Lunatic asylums in Bengal annual reports 1888-1898 - 1888-1898
Year: 1888
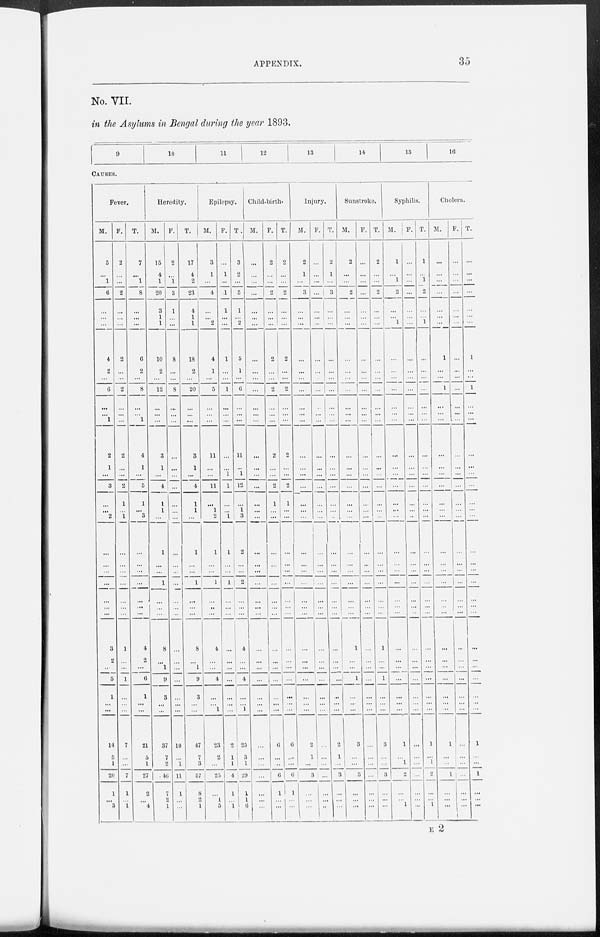
APPENDIX.
35
No. VII.
in the Asylums in Bengal during the year 1893.
9
10
11
12
13
14
15
16
CAUSES.
Fever.
M.
5
...
1
6
...
...
...
4
2
...
6
...
...
1
2
1
...
3
...
...
2
...
...
...
...
...
3
2
...
5
1
...
...
14
5
1
20
1
...
3
F.
2
...
...
2
...
...
...
2
...
...
2
...
...
...
2
...
...
2
1
...
1
...
...
...
...
...
1
...
...
1
...
...
...
7
...
...
7
1
...
1
T.
7
...
1
8
...
...
...
6
2
...
8
...
...
1
4
1
...
5
1
...
3
...
...
...
...
...
4
2
...
6
1
...
...
21
5
1
27
2
...
4
Heredity.
M.
15
4
1
20
3
1
1
10
2
...
12
...
...
...
3
1
...
4
1
1
...
1
...
...
1
...
8
...
1
9
3
...
...
37
7
2
46
7
2
1
F.
2
...
1
3
1
...
...
8
...
...
8
...
...
...
...
...
...
...
...
...
...
...
...
...
...
...
...
...
...
...
...
...
...
10
...
1
11
1
...
...
T.
17
4
2
23
4
1
1
18
2
...
20
...
...
...
3
1
...
4
1
1
...
1
...
...
1
...
8
...
1
9
3
...
...
47
7
3
57
8
2
1
Epilepsy.
M.
3
1
...
4
...
...
2
4
1
...
5
...
...
...
11
...
...
11
...
1
2
1
...
...
1
..
4
...
...
4
...
...
1
23
2
...
25
...
1
5
F.
...
1
...
1
1
...
...
1
...
...
1
...
...
...
...
...
1
1
...
...
1
1
...
...
1
...
...
...
...
...
...
...
...
2
1
1
4
1
...
1
T.
3
2
...
5
1
...
2
5
1
...
6
...
...
...
11
...
1
12
...
1
3
2
...
...
2
...
4
...
...
4
...
...
1
25
3
1
29
1
1
6
Child-birth.
M.
...
...
...
...
...
...
...
...
...
...
...
...
...
...
...
...
...
...
...
...
...
...
...
...
...
...
...
...
...
...
...
...
...
...
...
...
...
...
...
F.
2
...
...
2
...
...
...
2
...
...
2
...
...
...
2
...
...
2
1
...
...
...
...
...
...
...
...
...
...
...
...
...
...
6
...
...
6
1
...
...
T.
2
...
...
2
...
...
...
2
...
...
2
...
...
...
2
...
...
2
1
...
...
...
...
...
...
...
...
...
...
...
...
...
...
6
...
...
6
1
...
...
Injury.
M.
2
1
...
3
...
...
...
...
...
...
...
...
...
...
...
...
...
...
...
...
...
...
...
...
...
...
...
...
...
...
...
...
...
2
1
...
3
...
...
...
F.
...
...
...
...
...
...
...
...
...
...
...
...
...
...
...
...
...
...
...
...
...
...
...
...
...
...
...
...
...
...
...
...
...
...
...
...
...
...
...
..
T.
2
1
...
3
...
...
...
...
...
...
...
...
...
...
...
...
...
...
...
...
...
...
...
...
...
...
...
...
...
..
...
...
...
2
1
...
3
...
...
...
Sunstroke.
M.
2
...
...
2
...
...
...
...
...
...
...
...
...
...
...
...
...
...
...
...
...
...
...
...
...
...
1
...
...
1
...
...
...
3
...
...
3
...
...
...
F.
...
...
...
...
...
...
...
...
...
...
...
...
...
...
...
...
...
...
...
...
...
...
...
...
...
...
...
...
...
...
...
...
...
...
...
...
...
...
...
...
T.
2
...
...
2
...
...
...
...
...
...
...
...
...
...
...
...
...
...
...
...
...
...
...
...
...
...
1
...
...
1
...
...
...
3
...
...
3
...
...
...
Syphilis.
M.
1
...
1
2
...
...
1
...
...
...
...
...
...
...
...
...
...
...
...
...
...
...
...
...
...
...
...
...
...
...
...
...
...
1
...
1
2
...
...
1
F.
...
...
...
...
...
...
...
...
...
...
...
...
...
...
...
...
...
...
...
...
...
...
...
...
...
...
...
...
...
...
...
...
...
...
...
...
...
...
...
...
T.
1
...
1
2
...
...
1
...
...
...
...
...
...
...
...
...
...
...
...
...
...
...
...
...
...
...
...
...
...
...
...
...
...
1
...
1
2
...
...
1
Cholera.
M.
...
...
...
...
...
...
...
1
...
...
1
...
...
...
...
...
...
...
...
...
...
...
...
...
...
...
...
...
...
...
...
...
...
1
...
...
1
...
...
...
F.
...
...
...
...
...
...
...
...
...
...
...
...
...
...
...
...
...
...
...
...
...
...
...
...
...
...
...
...
...
...
...
...
...
...
...
...
...
...
...
...
T.
...
...
...
...
...
...
...
1
...
...
1
...
...
...
...
...
...
...
...
...
...
...
...
...
...
...
...
...
...
...
...
...
...
1
...
...
1
...
...
...
E 2